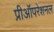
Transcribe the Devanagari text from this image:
प्रीऑपरेशनल